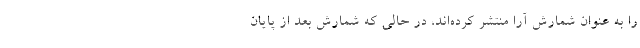
را به عنوان شمارش آرا منتشر کرده‌اند، در حالی که شمارش بعد از پایان